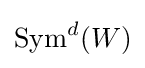
\operatorname {Sym} ^{d}(W)